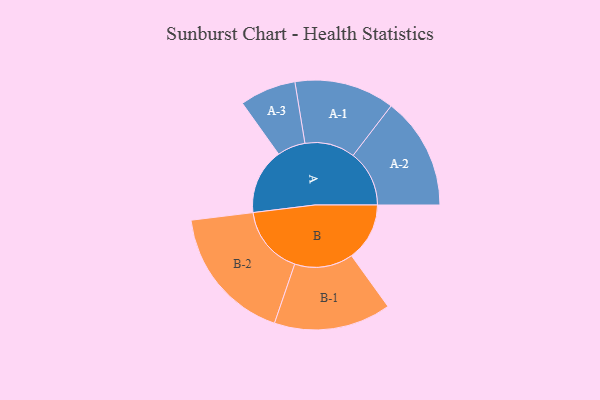
{"axis": {"x": "Segment", "y": "Value"}, "legend": ["", "A", "B"], "data": [{"x": "A", "y": 281, "type": ""}, {"x": "B", "y": 248, "type": ""}, {"x": "A-1", "y": 214, "type": "A"}, {"x": "A-2", "y": 240, "type": "A"}, {"x": "A-3", "y": 120, "type": "A"}, {"x": "B-1", "y": 250, "type": "B"}, {"x": "B-2", "y": 293, "type": "B"}]}